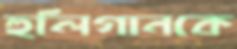
হুলিগানকে